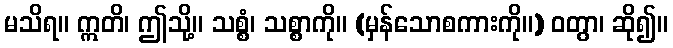
မသိရ။ ဣတိ၊ ဤသို့။ သစ္စံ၊ သစ္စာကို။ (မှန်သောစကားကို။) ဝတွာ၊ ဆို၍။